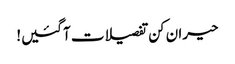
حیران کن تفصیلات آگئیں!